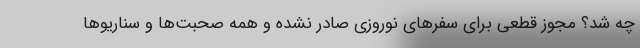
چه شد؟ مجوز قطعی برای سفرهای نوروزی صادر نشده و همه صحبت‌ها و سناریوها